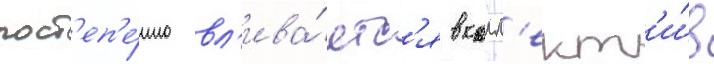
пост'еп'е́нно вл'ива́етс'я в колл'ект'и́в